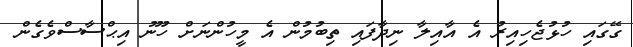
ގޭގައި ހުޅުޖެހިއިރު އެ އާއިލާ ނިދާފައި ތިބުމުން އެ މީހުންނަށް ހޫނު އިޙްސާސްވެގެން